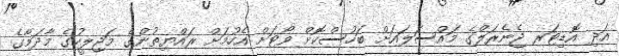
އަދި އޮޑިޓަރ ޖެނެރަލްގެ މައްސަލައަށް ބަހުސްކޮށް ވޯޓަށް އެހުމަށް ރައްޔިތުންގެ މަޖިލީހުގެ މާދަމާގެ